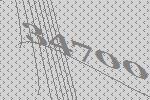
34700